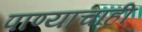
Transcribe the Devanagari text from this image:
पाण्‍याचाही